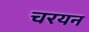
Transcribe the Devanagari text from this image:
चरयन